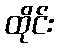
ထိုင်း